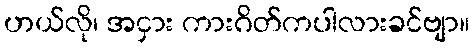
ဟယ်လို၊ အငှား ကားဂိတ်ကပါလားခင်ဗျာ။